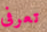
تعرفى